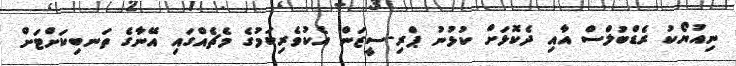
ނިއުޔޯކު ރެޑްބުލްސް އާއި ދެކޮޅަށް ކުޅުނު ޕްރި-ސީޒަން އެކުވެރިކަމުގެ މެޗެއްގައި އޭނާގެ ތަނބިކަށްޓަށް